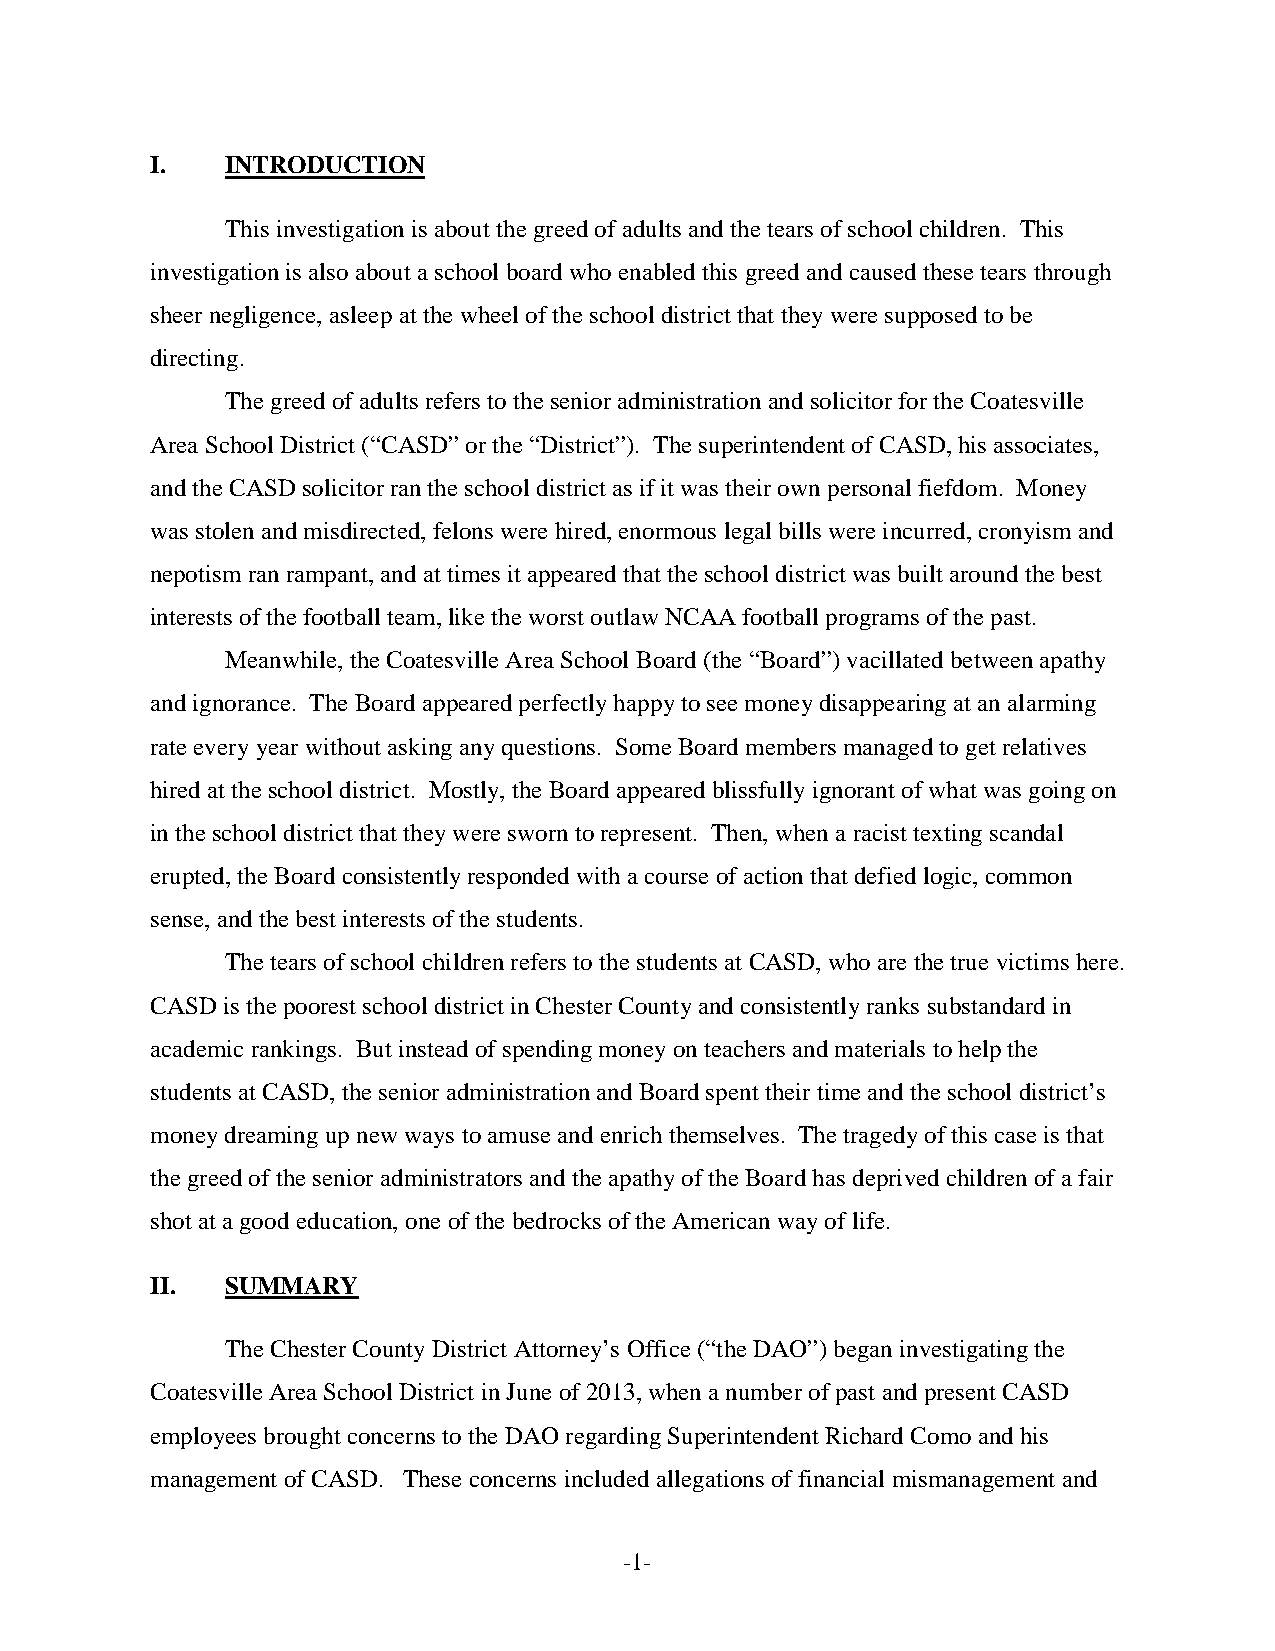
I.   INTRODUCTION
 This investigation is about the greed of adults and the tears of school children. This
 investigation is also about a school board who enabled this greed and caused these tears through
 sheer negligence, asleep at the wheel of the school district that they were supposed to be
 directing.
 The greed of adults refers to the senior administration and solicitor for the Coatesville
 Area School District (“CASD” or the “District”). The superintendent of CASD, his associates,
 and the CASD solicitor ran the school district as if it was their own personal fiefdom. Money
 was stolen and misdirected, felons were hired, enormous legal bills were incurred, cronyism and
 nepotism ran rampant, and at times it appeared that the school district was built around the best
 interests of the football team, like the worst outlaw NCAA football programs of the past.
 Meanwhile, the Coatesville Area School Board (the “Board”) vacillated between apathy
 and ignorance. The Board appeared perfectly happy to see money disappearing at an alarming
 rate every year without asking any questions. Some Board members managed to get relatives
 hired at the school district. Mostly, the Board appeared blissfully ignorant of what was going on
 in the school district that they were sworn to represent. Then, when a racist texting scandal
 erupted, the Board consistently responded with a course of action that defied logic, common
 sense, and the best interests of the students.
 The tears of school children refers to the students at CASD, who are the true victims here.
 CASD is the poorest school district in Chester County and consistently ranks substandard in
 academic rankings. But instead of spending money on teachers and materials to help the
 students at CASD, the senior administration and Board spent their time and the school district’s
 money dreaming up new ways to amuse and enrich themselves. The tragedy of this case is that
 the greed of the senior administrators and the apathy of the Board has deprived children of a fair
 shot at a good education, one of the bedrocks of the American way of life.
 II.  SUMMARY
 The Chester County District Attorney’s Office (“the DAO”) began investigating the
 Coatesville Area School District in June of 2013, when a number of past and present CASD
 employees brought concerns to the DAO regarding Superintendent Richard Como and his
 management of CASD. These concerns included allegations of financial mismanagement and
 -1-